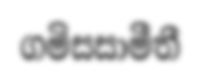
ගමිසසාමීතී